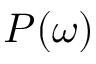
P ( \omega )